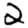
Digit: 2